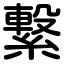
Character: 繋